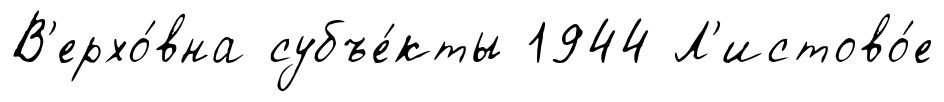
В'ерхо́вна субъе́кты 1944 Л'истово́е